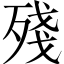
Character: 殘